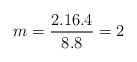
LaTeX: \begin{align*}m=\frac{2 . 16 . 4}{8 . 8}=2\end{align*}